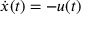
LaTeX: { \dot { x } } ( t ) = - u ( t )